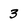
Character: 3